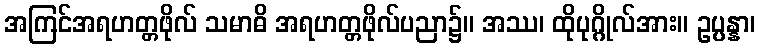
အကြင်အရဟတ္တဖိုလ် သမာဓိ အရဟတ္တဖိုလ်ပညာ၌။ အဿ၊ ထိုပုဂ္ဂိုလ်အား။ ဥပ္ပန္နာ၊